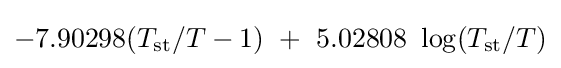
-7.90298(T_{\mathrm {st} }/T-1)\ +\ 5.02808\ \log(T_{\mathrm {st} }/T)